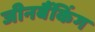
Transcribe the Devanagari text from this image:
जीनबैंकिंग